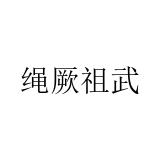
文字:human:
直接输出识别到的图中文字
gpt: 绳厥祖武